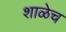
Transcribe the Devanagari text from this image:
शाळेच